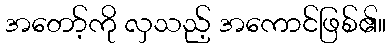
အတော့်ကို လှသည့် အကောင်ဖြစ်၏။